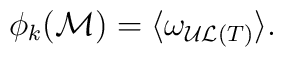
\phi_k({\cal M})=\langle\omega_{{\cal UL}(T)}\rangle{\rm.}